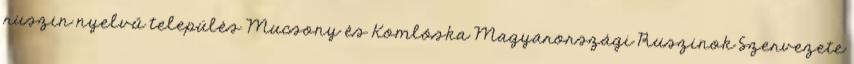
ruszin nyelvű település Mucsony és Komlóska Magyarországi Ruszinok Szervezete